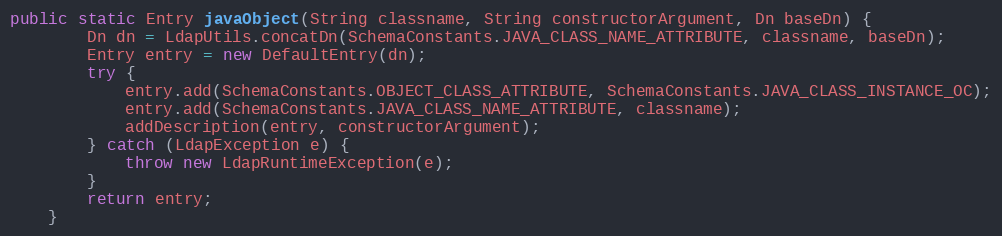
Language: Java
public static Entry javaObject(String classname, String constructorArgument, Dn baseDn) {
        Dn dn = LdapUtils.concatDn(SchemaConstants.JAVA_CLASS_NAME_ATTRIBUTE, classname, baseDn);
        Entry entry = new DefaultEntry(dn);
        try {
            entry.add(SchemaConstants.OBJECT_CLASS_ATTRIBUTE, SchemaConstants.JAVA_CLASS_INSTANCE_OC);
            entry.add(SchemaConstants.JAVA_CLASS_NAME_ATTRIBUTE, classname);
            addDescription(entry, constructorArgument);
        } catch (LdapException e) {
            throw new LdapRuntimeException(e);
        }
        return entry;
    }